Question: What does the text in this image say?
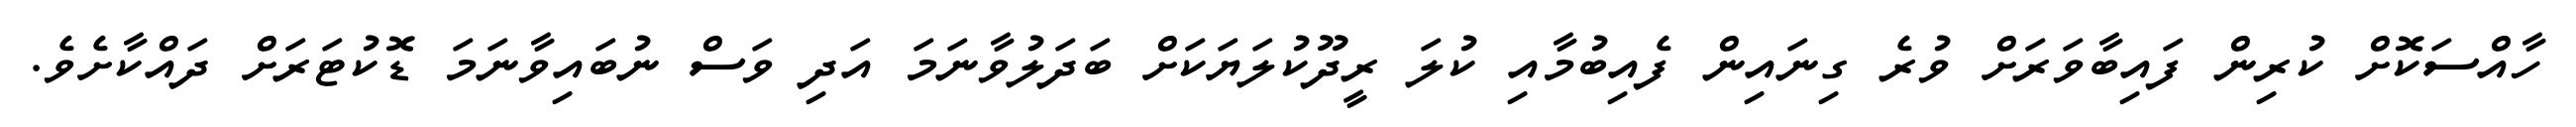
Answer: ހާއްސަކޮށް ކުރިން ފައިބާވަރަށް ވުރެ ގިނައިން ފެއިބުމާއި ކުލަ ރީދޫކުލަޔަކަށް ބަދަލުވާނަމަ އަދި ވަސް ނުބައިވާނަމަ ޑޮކުޓަރަށް ދައްކާށެވެ.